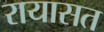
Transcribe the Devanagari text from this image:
रायासत